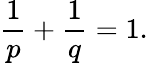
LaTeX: \frac{1}{p}+\frac{1}{q}=1.